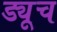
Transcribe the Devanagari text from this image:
ड्यूच